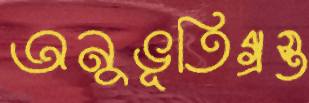
অনুভূতিগ্রস্ত